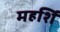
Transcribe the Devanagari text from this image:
महर्शि